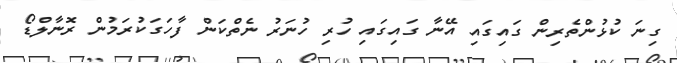
ގިނަ ކުޅުންތެރިން ގައިގައި އޭނާ ގައިގައި ހުރި ހުނަރު ނެތްކަން ފާހަގަކުރަމުން ރޮނާލްޑޯ